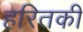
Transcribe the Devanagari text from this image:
हरितकी